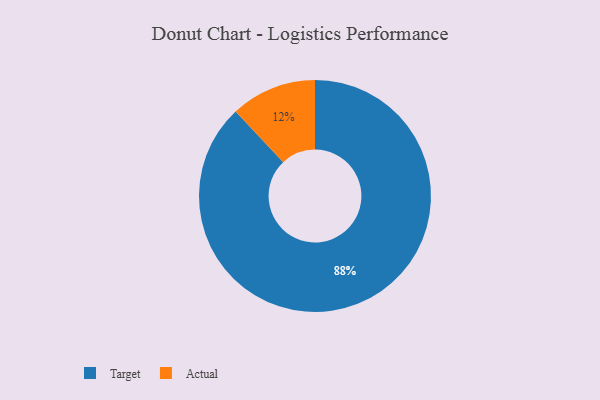
{"axis": {"x": "Category", "y": "Percentage"}, "legend": ["Actual", "Target"], "data": [{"x": "Actual", "y": 12, "type": "Actual"}, {"x": "Target", "y": 88, "type": "Target"}]}